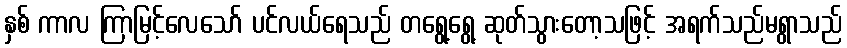
နှစ် ကာလ ကြာမြင့်လေသော် ပင်လယ်ရေသည် တရွေ့ရွေ့ ဆုတ်သွားတော့သဖြင့် အရက်သည်မရွာသည်